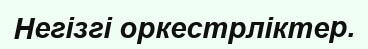
Негізгі оркестрліктер.